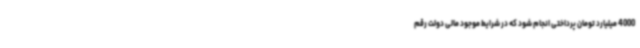
4000 میلیارد تومان پرداختی انجام شود که در شرایط موجود مالی دولت رقم